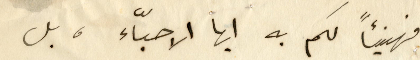
فهنيئاً لكم به ايها الاحبّاء ، بل